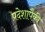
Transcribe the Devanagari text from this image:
प्रदेशापैकी